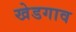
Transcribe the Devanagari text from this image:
खेडगाव